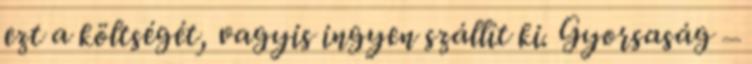
ezt a költségét, vagyis ingyen szállít ki. Gyorsaság –